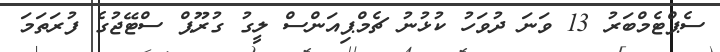
ސެޕްޓެމްބަރު 13 ވަނަ ދުވަހު ކުޅުނު ޗެމްޕިއަންސް ލީގު ގުރޫޕް ސްޓޭޖުގެ ފުރަތަމަ